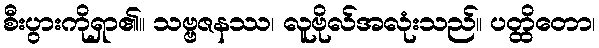
စီးပွားကိုရှာ၏။ သဗ္ဗဇနဿ၊ လူဗိုလ်အလုံးသည်။ ပတ္ထိတော၊